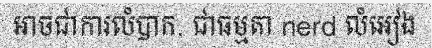
អាចជាការលំបាក. ជាធម្មតា nerd លំអៀង